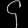
Digit: ၄